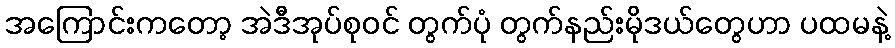
အကြောင်းကတော့ အဲဒီအုပ်စုဝင် တွက်ပုံ တွက်နည်းမိုဒယ်တွေဟာ ပထမနဲ့